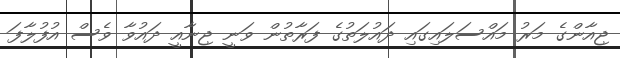
ޖިއާންގެ މަރު މައްސަލައިގައި ދައުލަތުގެ ފަރާތުން ވަނީ ޖިނާއީ ދައުވާ ވެސް އުފުލާފަ